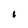
Character: I